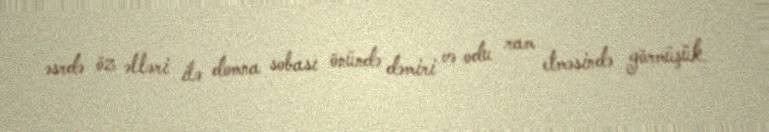
əsrdə öz əlləri ilə domna sobası önündə dəmiri və odu ram etməsində görmüşük.